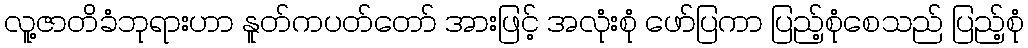
လူ့ဇာတိခံဘုရားဟာ နူတ်ကပတ်တော် အားဖြင့် အလုံးစုံ ဖော်ပြကာ ပြည့်စုံစေသည် ပြည့်စုံ